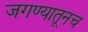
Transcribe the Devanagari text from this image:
जगण्यातूनच